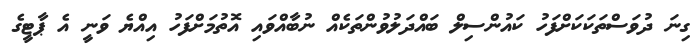
ގިނަ ދުވަސްތަކަކަށްފަހު ކައުންސިލް ބައްދަލުވުންތަކެއް ނުބާއްވައި އޮތުމަށްފަހު އިއްޔެ ވަނީ އެ ޕާޓީގެ